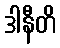
ဒါနီတိ